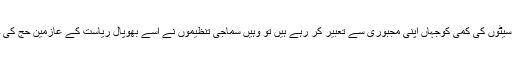
شاہی اوقاف کے ذمہ داران سیٹوں کی کمی کوجہاں اپنی مجبوری سے تعبیر کر رہے ہیں تو وہیں سماجی تنظیموں نے اسے بھوپال ریاست کے عازمین حج کی حق تلفی سے تعبیر کیا ہے۔